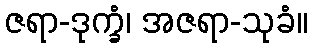
ဇရာ-ဒုက္ခံ၊ အဇရာ-သုခံ။